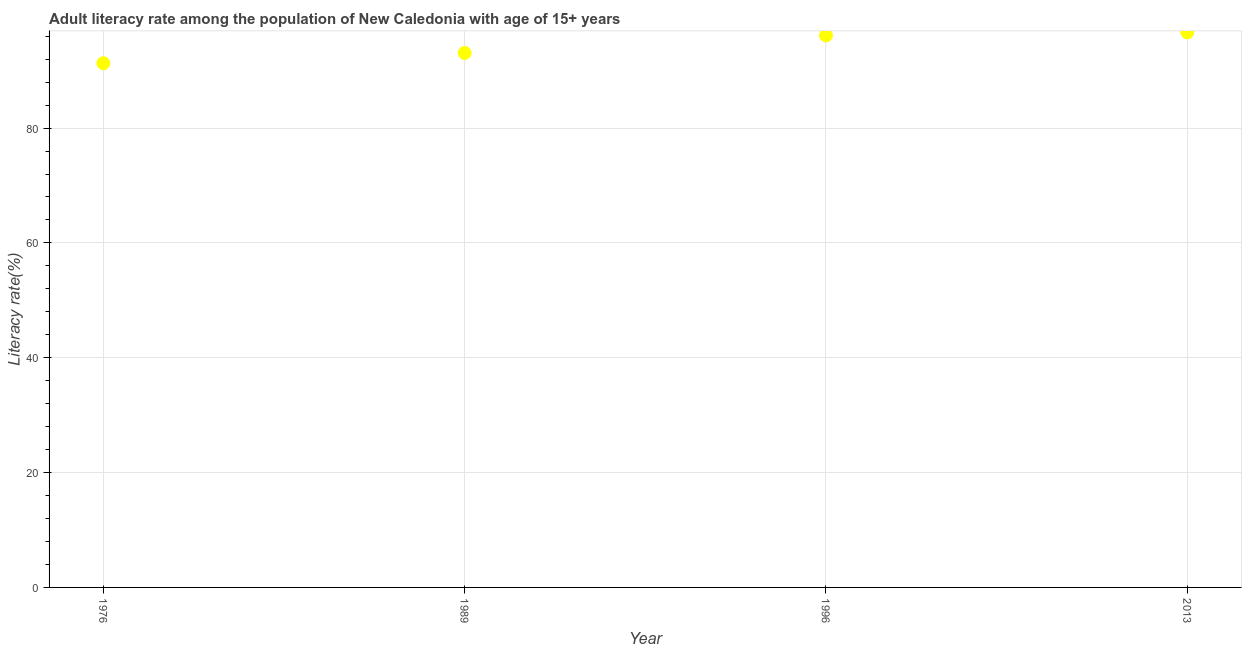
| Year | Adult literacy rate |
 | --- | --- |
 | 1976 | 91.3 |
 | 1989 | 93.1 |
 | 1996 | 96.1 |
 | 2013 | 96.7 |